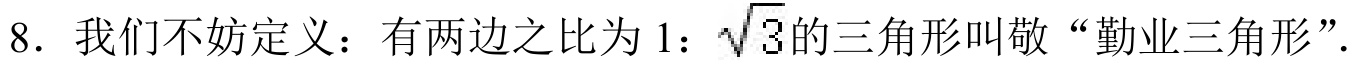
8. 我们不妨定义：有两边之比为$1:\sqrt{3}$的三角形叫敬“勤业三角形”.